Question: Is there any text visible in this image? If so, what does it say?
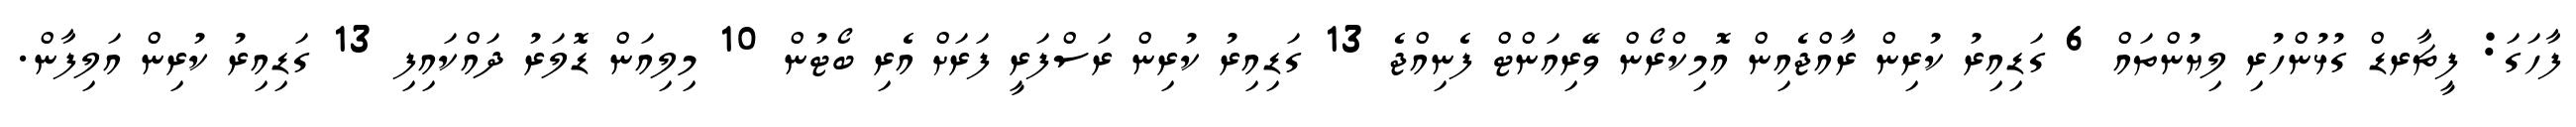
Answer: ފާހަގަ: ފީޗާރޑް ގުޅުންހުރި ލިޔުންތައް 6 ގަޑިއިރު ކުރިން ރާއްޖެއިން އޮމިކްރޯން ވޭރިއަންޓް ފެނިއްޖެ 13 ގަޑިއިރު ކުރިން ރަސްފަރީ ފަރަށް އެރި ބޯޓުން 10 މިލިއަން ޑޮލަރު ދައްކައިފި 13 ގަޑިއިރު ކުރިން އަލިފާން.